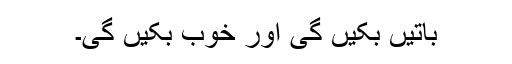
باتیں بکیں گی اور خوب بکیں گی۔